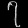
Digit: ၇